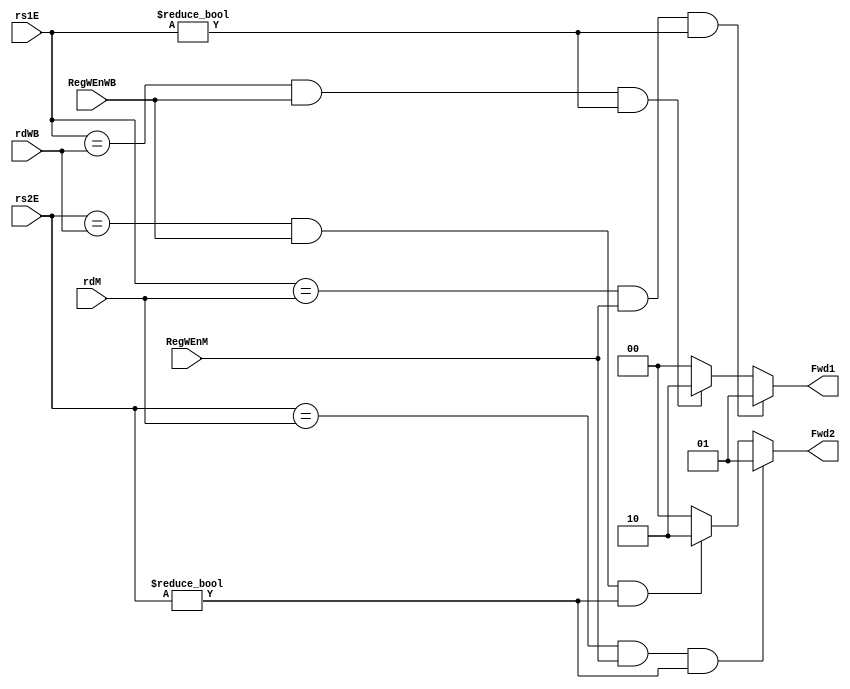
module data_forward(rs1E,rs2E,RegWEnM,RegWEnWB,rdM,rdWB,Fwd1,Fwd2);
    input RegWEnM,RegWEnWB;
    input [4:0] rs1E,rs2E,rdM,rdWB;
    output reg [1:0] Fwd1,Fwd2;

    always@(*)
    begin
        if (((rs1E==rdM) & RegWEnM)&(rs1E!=5'd0))
            Fwd1=01;
        else if (((rs1E==rdWB) & RegWEnWB)&(rs1E!=5'd0))
            Fwd1=10;
        else
            Fwd1=00;

        if (((rs2E==rdM) & RegWEnM)&(rs2E!=5'd0))
            Fwd2=01;
        else if (((rs2E==rdWB) & RegWEnWB)&(rs2E!=5'd0))
            Fwd2=10;
        else
            Fwd2=00;
    
    end
endmodule

module lw_stall_bj_haz(rs1D,rs2D,rdE,PCSrcE,DdataSelE,FlushE,FlushD,StallD,StallF);
    input [4:0] rs1D,rs2D,rdE;
    input [1:0] DdataSelE;
    input PCSrcE;
    output reg FlushE,FlushD,StallD,StallF;

    always@(*)
    begin
      if (((rs1D==rdE)|(rs2D==rdE))&(DdataSelE==2'b00)&(rs2D!=5'd0)&(rs1D!=5'd0)) begin
        FlushE=1'b1;
        FlushD=1'b0;
        StallD=1'b1;
        StallF=1'b1;
    end
    else if (PCSrcE) begin
        FlushE=1'b1;
        FlushD=1'b1;
        StallD=1'b0;
        StallF=1'b0;
    end
    else begin
        FlushE=1'b0;
        FlushD=1'b0;
        StallD=1'b0;
        StallF=1'b0;
    end  
    end
endmodule

// module bj_haz(PCSrcE,FlushE,FlushD);
//     input PCSrcE;
//     output reg FlushE,FlushD;

//     // assign FlushE = PCSrcE;
//     // assign FlushD = PCSrcE;

//     always@(*)
//     begin
//       if(PCSrcE) begin
//         FlushE=1'b1;
//         FlushD=1'b1;
//       end

//       else
//       FlushE=1'b0;
//       FlushD=1'b0;
//     end
// endmodule